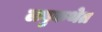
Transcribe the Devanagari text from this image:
लघुकथेत